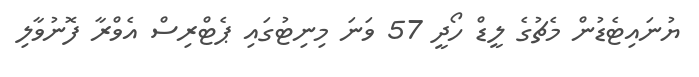
ޔުނައިޓެޑުން މެޗުގެ ލީޑް ހޯދީ 57 ވަނަ މިނިޓުގައި ޕެޓްރިސް އެވްރާ ފޮނުވާލި